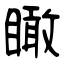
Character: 瞰